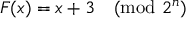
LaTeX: F ( x ) = x + 3 { \pmod { 2 ^ { n } } }